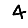
Digit: 4